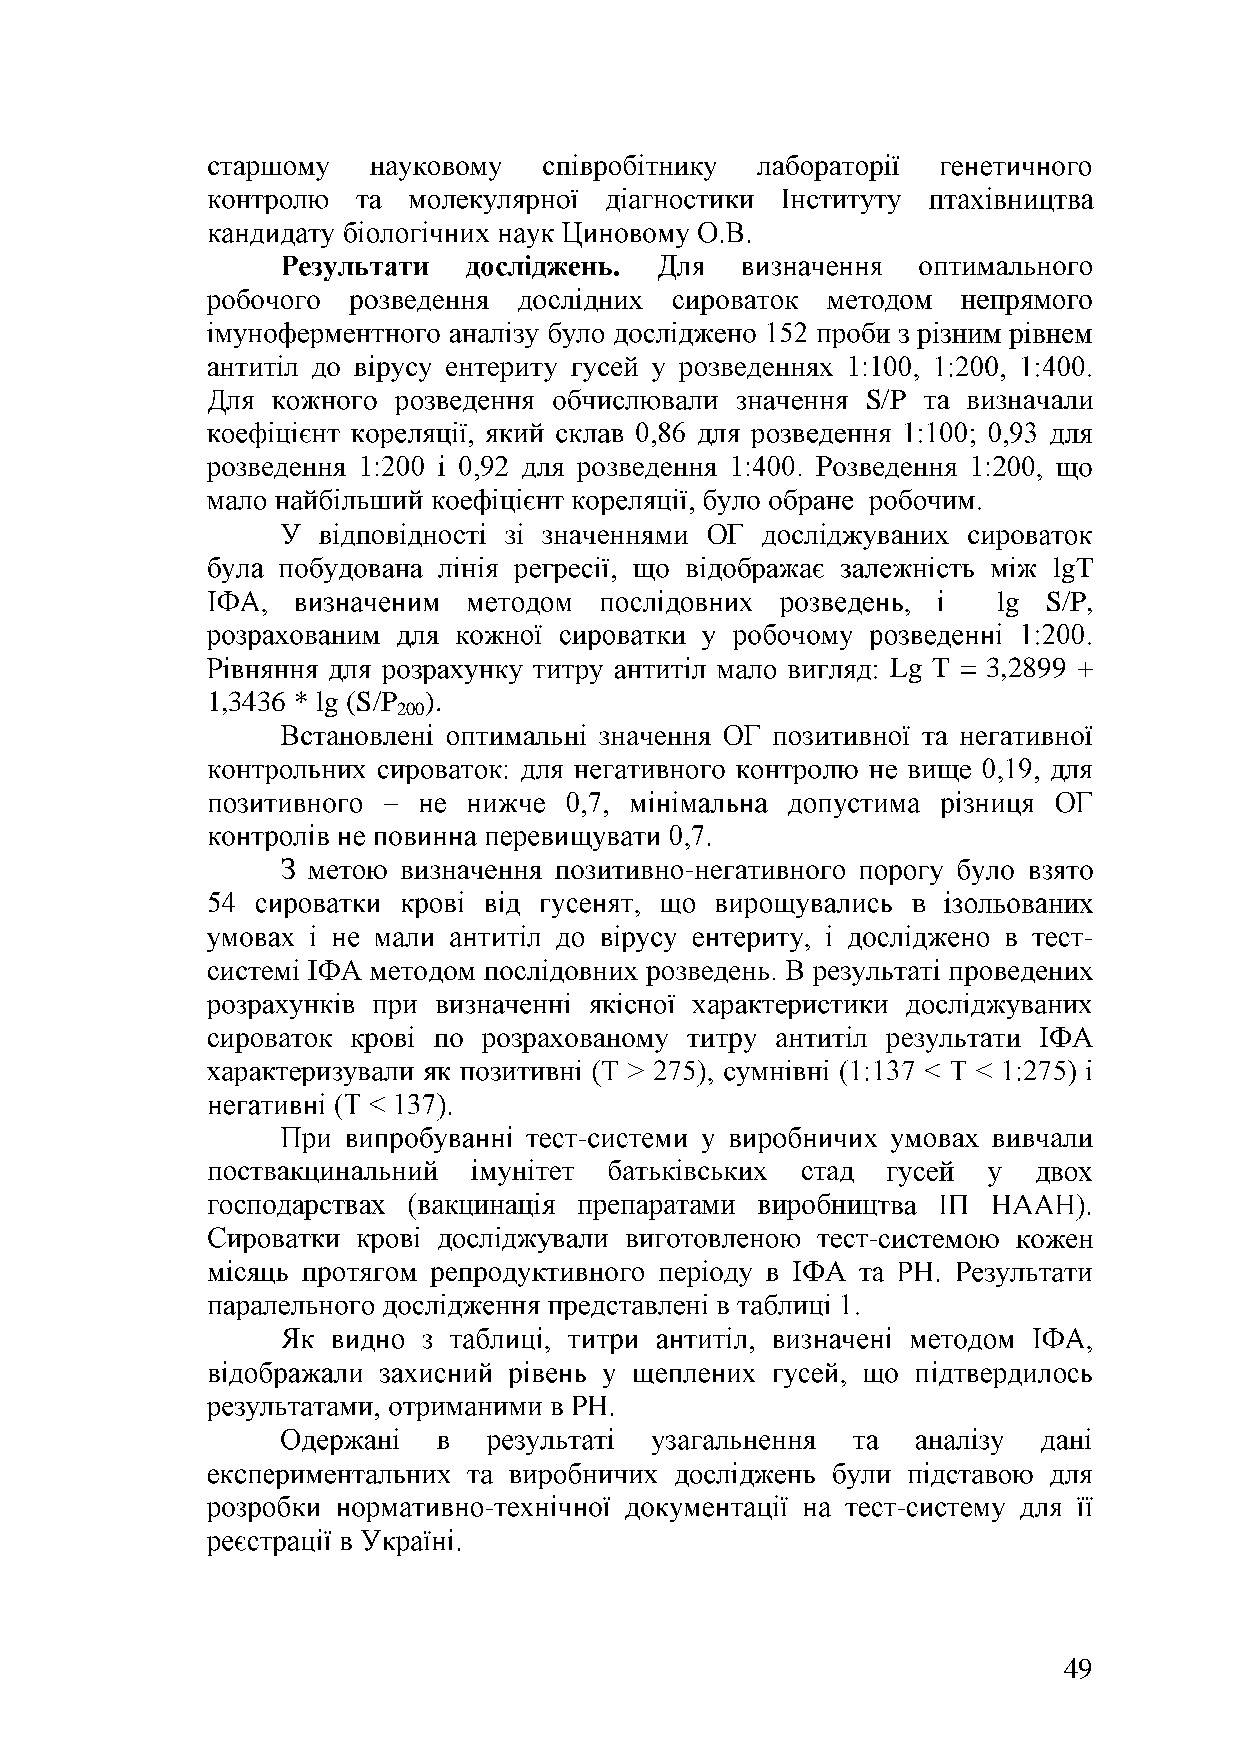
S/P
 lgT
 lg S/P,
 Lg T = 3,2899 +
 1,3436 * lg (S/P ).
 200
 -
 -
 -
 -
 -                          -
 49